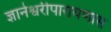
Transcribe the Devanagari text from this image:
ज्ञानेश्वरीपारायणास